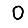
Digit: 0